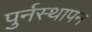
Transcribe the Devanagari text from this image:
पुर्नस्थापन